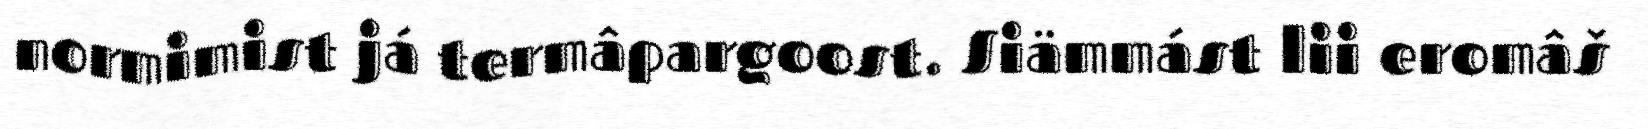
normimist já termâpargoost. Siämmást lii eromâš